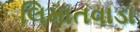
લિમાતવાડા